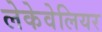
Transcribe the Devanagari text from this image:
लेकेवेलियर